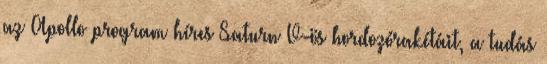
az Apollo program híres Saturn V-ös hordozórakétáit, a tudás